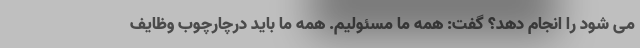
می شود را انجام دهد؟ گفت: همه ما مسئولیم. همه ما باید درچارچوب وظایف